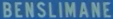
BENSILMANEES